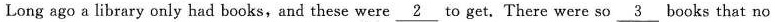
Long ago a library only had books,and these were \underline{2} to get. There were so \underline{3} books that no